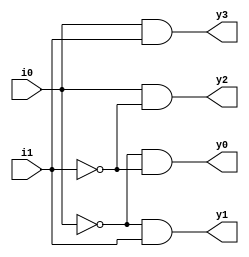
`timescale 1ns / 1ps
//////////////////////////////////////////////////////////////////////////////////
// Company: 
// Engineer: 
// 
// Design Name: 
// Module Name: decoder2_4
// Project Name: 
// Target Devices: 
// Tool Versions: 
// Description: 
// 
// Dependencies: 
// 
// Revision:
// Revision 0.01 - File Created
// Additional Comments:
// 
//////////////////////////////////////////////////////////////////////////////////


module decoder2_4(y0, y1, y2, y3, i0, i1);
input i0;
input i1;
output y0;
output y1;
output y2;
output y3;

not(i0n,i0);
not(i1n,i1);
and(y0,i0n,i1n);
and(y1,i0n,i1);
and(y2,i0,i1n);
and(y3,i0,i1);

    
endmodule